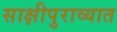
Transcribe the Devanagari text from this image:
साक्षीपुराव्यात